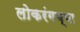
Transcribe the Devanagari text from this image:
लोकरंगच्या